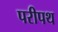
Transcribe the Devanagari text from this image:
परीपथ